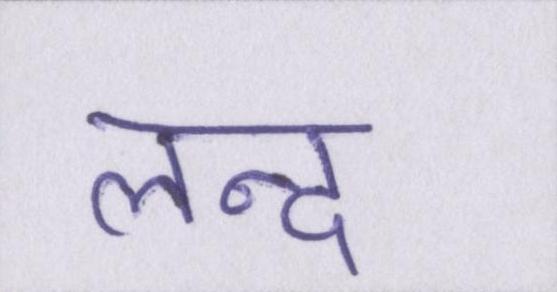
लन्द